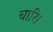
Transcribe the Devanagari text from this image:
चारि।